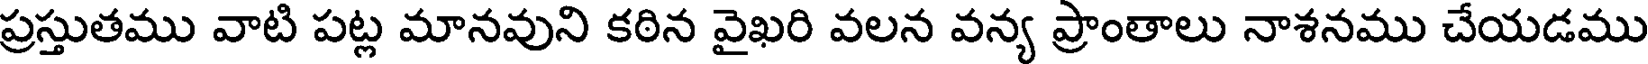
ప్రస్తుతము వాటి పట్ల మానవుని కఠిన వైఖరి వలన వన్య ప్రాంతాలు నాశనము చేయడము